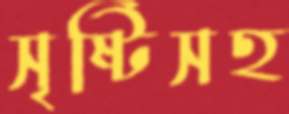
সৃষ্টিসহ